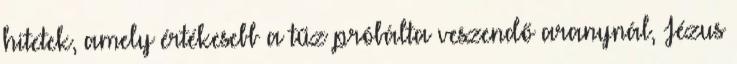
hitetek, amely értékesebb a tűz próbálta veszendő aranynál, Jézus